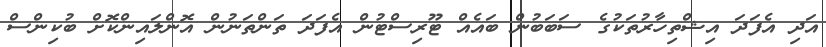
އަދި އެފަދަ އިޝްތިހާރުތަކުގެ ސަބަބުން ބައެއް ޓޫރިސްޓުން އެފަދަ ތަންތަނުން އޮންލައިންކޮށް ބުކިންސް